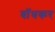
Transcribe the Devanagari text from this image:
बाॅधकर